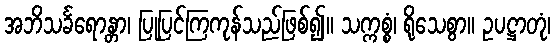
အဘိသင်္ခရောန္တာ၊ ပြုပြင်ကြကုန်သည်ဖြစ်၍။ သက္ကစ္စံ၊ ရိုသေစွာ။ ဥပဋ္ဌာတုံ၊